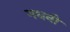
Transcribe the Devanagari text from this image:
गधनी